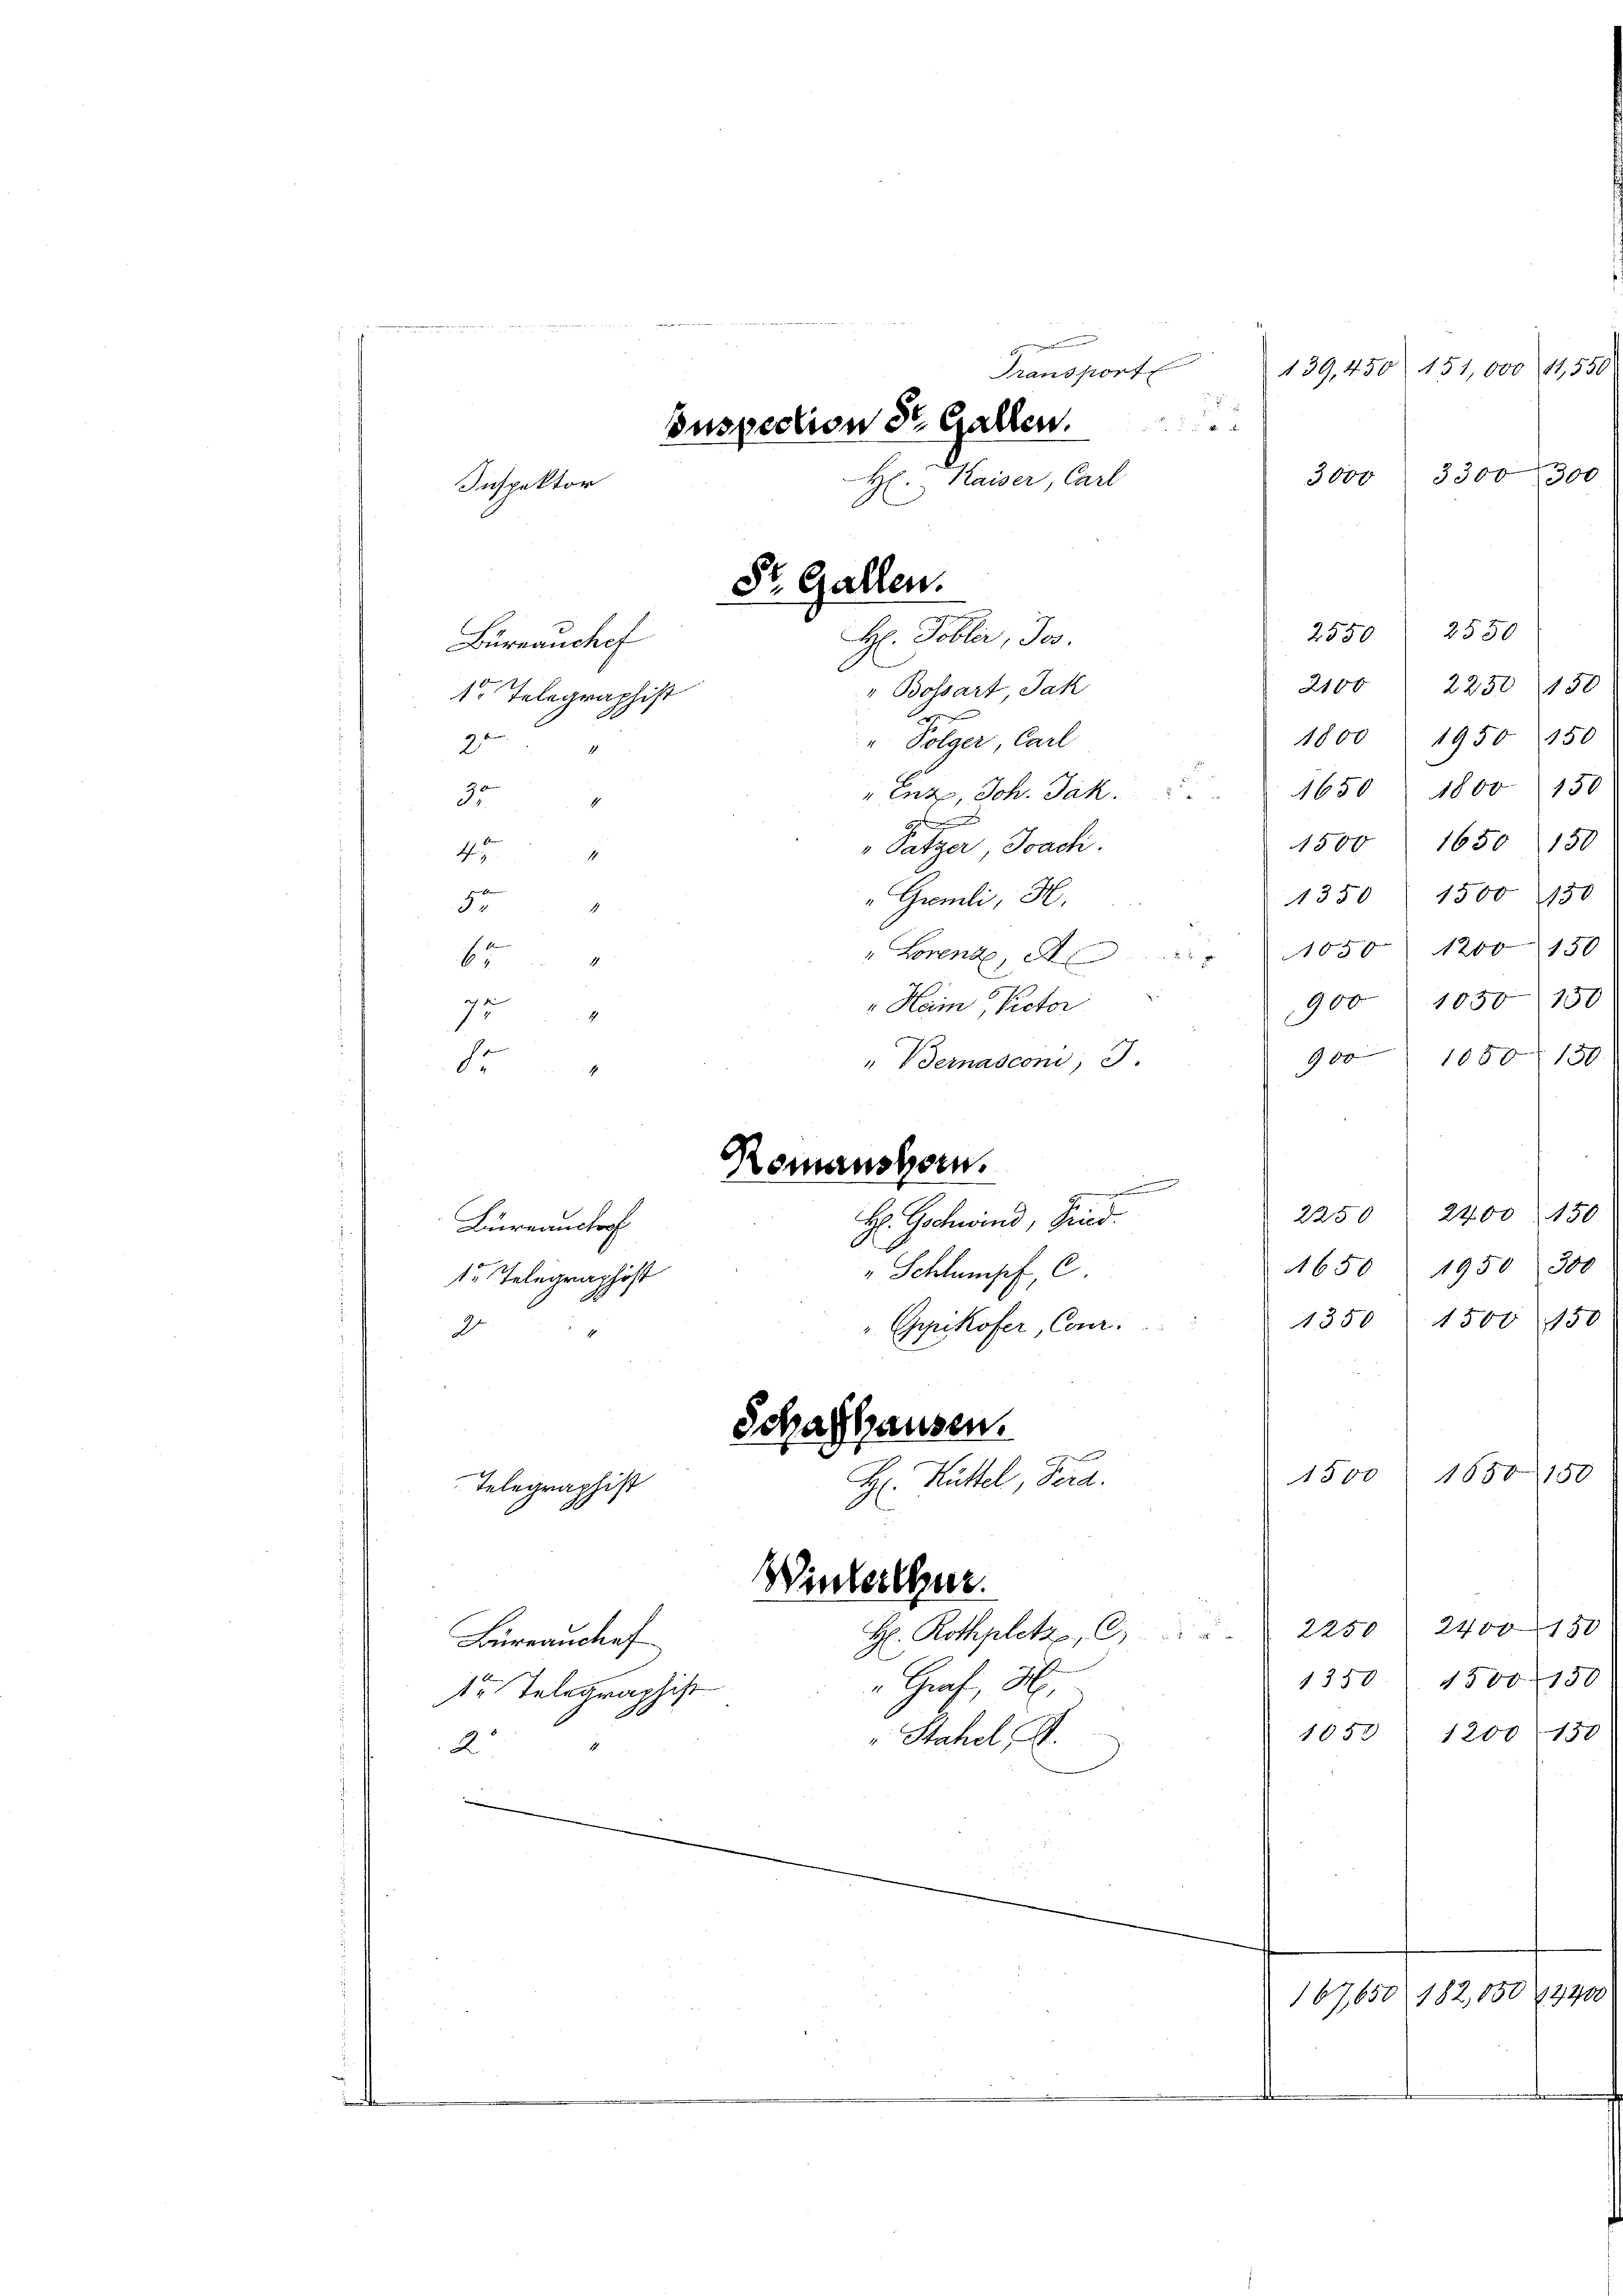
Büreauchef
1 Telegraphist
20
30
1

Inspection St. Gallen.
Kaiser, Carl
Inspektor

1
1
1

Dr. Gallen.

i

139,450

3000

255

,550

330
30

2100
" Bossart Jak
1800
" Folger, Carl
1650
enz, Joh. Jak.
1

160
1500
"Patzer, Joach.
1
47
versten |
1350 1
"Grmli, H
3
" Lorent, 1050 12
h
ge
90011
"Heim, Rector
4
1
" Bernasconi, I.
900
Fr

240x
2250
H. Gschwind, Fried.
Lureauctor
1650 1950
Schlumpf e
1r Telegraphist
1350
15
Gpikofer, Cour.
2
Schaffhausen.
mi |
1650
1500
H. Hüttel, Ferd.
Telegraphist
Winterthur.
2250 24001:
H. Rothplatz, C.
Büreanchef
1500.
1350
Graf, H.
tr Telegraphist
1053 12001.
Stahel S.
2
e
167650 182,050 (1320

Romanshorn.

H: Tobler, Jos.

n
Manstorf

Fe
15
19.

530

150
100

22

8
10
c